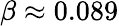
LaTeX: \beta\approx 0.089